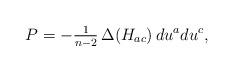
LaTeX: \begin{align*} P=-\tfrac{1}{n-2}\,\Delta(H_{ac}) \, du^a du^c,\end{align*}